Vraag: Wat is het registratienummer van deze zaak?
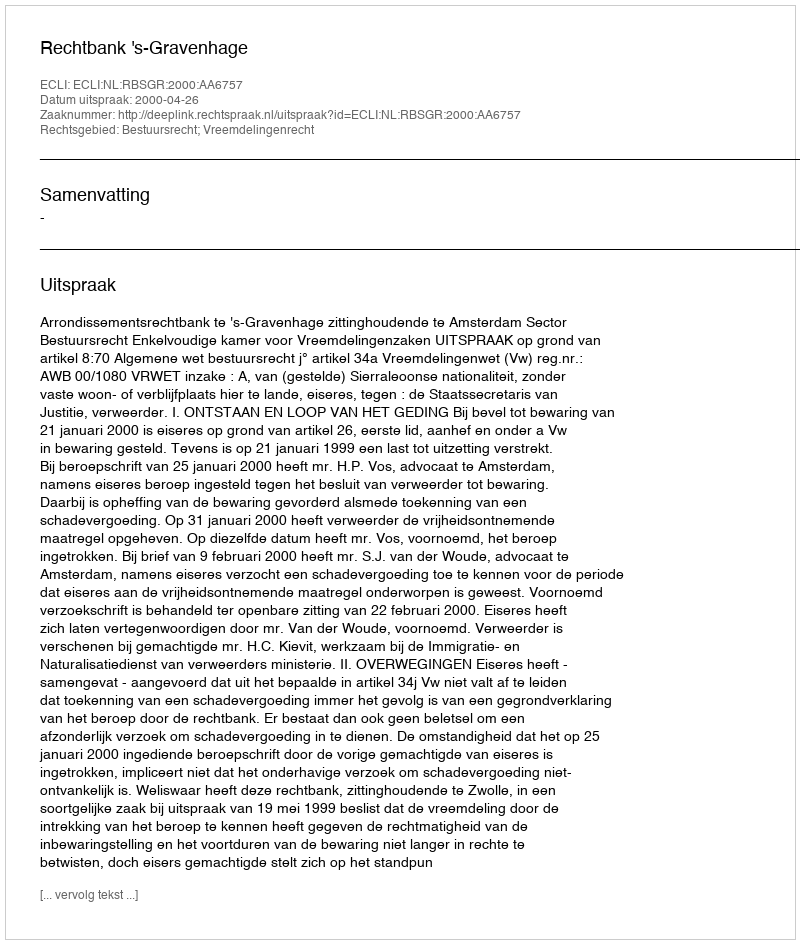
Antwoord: http://deeplink.rechtspraak.nl/uitspraak?id=ECLI:NL:RBSGR:2000:AA6757